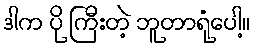
ဒါက ပို ကြီးတဲ့ ဘူတာရုံပေါ့။